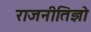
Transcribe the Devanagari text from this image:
राजनीतिज्ञो